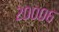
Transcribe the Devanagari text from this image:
२०००६